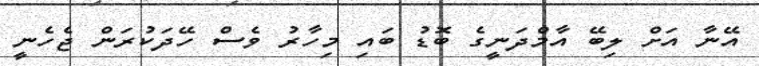
އޭނާ އަށް ލިބޭ އާމްދަނީގެ ބޮޑު ބައި މިހާރު ވެސް ހޭދަކުރަން ޖެހެނީ